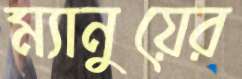
ম্যানুয়ের